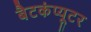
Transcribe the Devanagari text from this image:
बैटकंप्यूटर